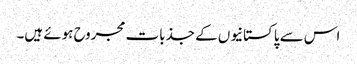
اس سے پاکستانیوں کے جذبات مجروح ہوئے ہیں۔